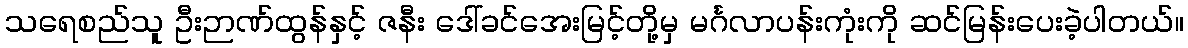
သရေစည်သူ ဦးဉာဏ်ထွန်နှင့် ဇနီး ဒေါ်ခင်အေးမြင့်တို့မှ မင်္ဂလာပန်းကုံးကို ဆင်မြန်းပေးခဲ့ပါတယ်။